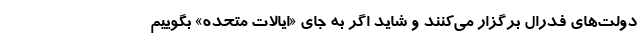
دولت‌های فدرال برگزار می‌کنند و شاید اگر به جای «ایالات متحده» بگوییم